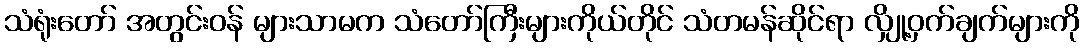
သံရုံးတော် အတွင်းဝန် များသာမက သံတော်ကြီးများကိုယ်တိုင် သံတမန်ဆိုင်ရာ လျှို့ဝှက်ချက်များကို